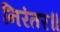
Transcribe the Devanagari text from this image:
निरंतर॥